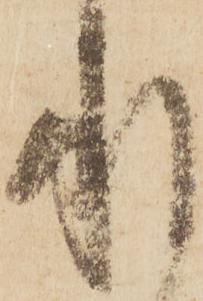
承